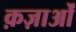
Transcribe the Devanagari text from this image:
क़ज़ाओं